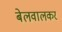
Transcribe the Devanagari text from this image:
बेलवालकर